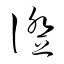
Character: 證